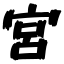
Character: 宮